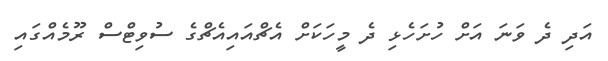
އަދި ދެ ވަނަ އަށް ހުށަހެޅި ދެ މީހަކަށް އެޗްއައިއެޗްގެ ސުވިޓްސް ރޫމެއްގައި